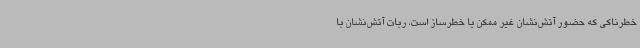
خطرناکی که حضور آتش‌نشان غیر ممکن یا خطرساز است، ربات آتش‌نشان با